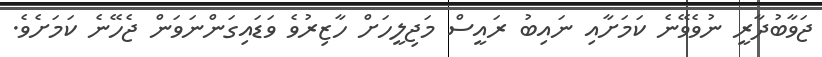
ޖަވާބުދާރީ ނުވެވޭނެ ކަމަށާއި ނައިބު ރައީސް މަޖިލީހަށް ހާޒިރުވެ ވަޑައިގަންނަވަން ޖެހޭނެ ކަމަށެވެ.